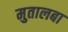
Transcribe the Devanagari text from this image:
मुतालबा